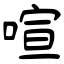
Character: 喧